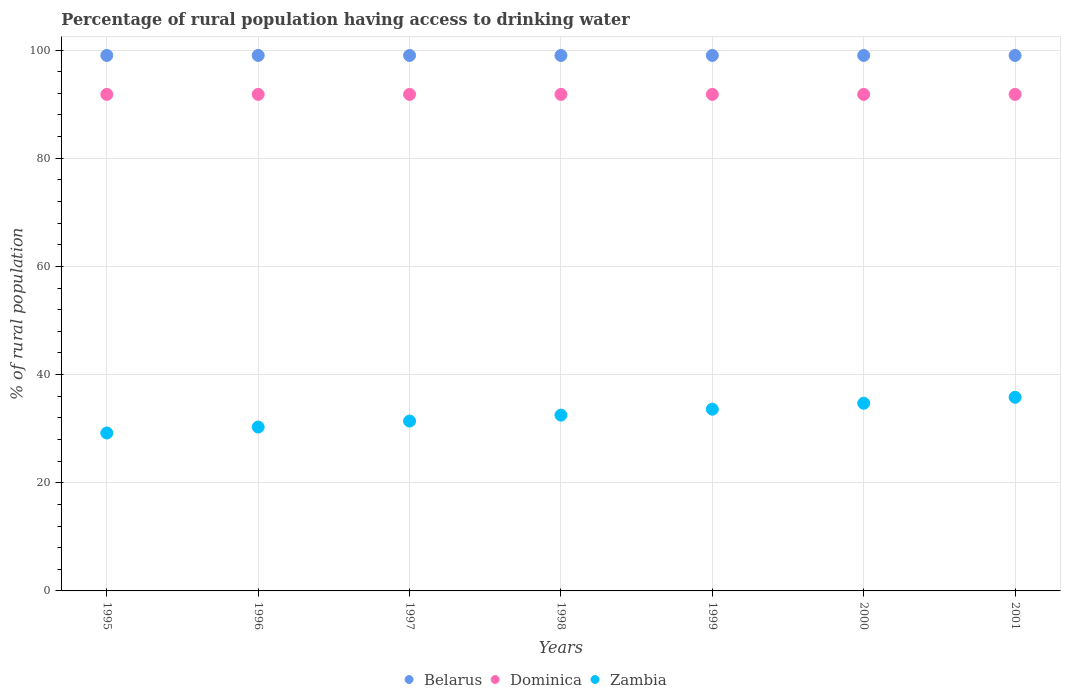
| Years | Belarus | Dominica | Zambia |
 | --- | --- | --- | --- |
 | 1995 | 99 | 91.8 | 29.2 |
 | 1996 | 99 | 91.8 | 30.3 |
 | 1997 | 99 | 91.8 | 31.4 |
 | 1998 | 99 | 91.8 | 32.5 |
 | 1999 | 99 | 91.8 | 33.6 |
 | 2000 | 99 | 91.8 | 34.7 |
 | 2001 | 99 | 91.8 | 35.8 |